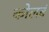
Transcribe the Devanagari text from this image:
कोलबं